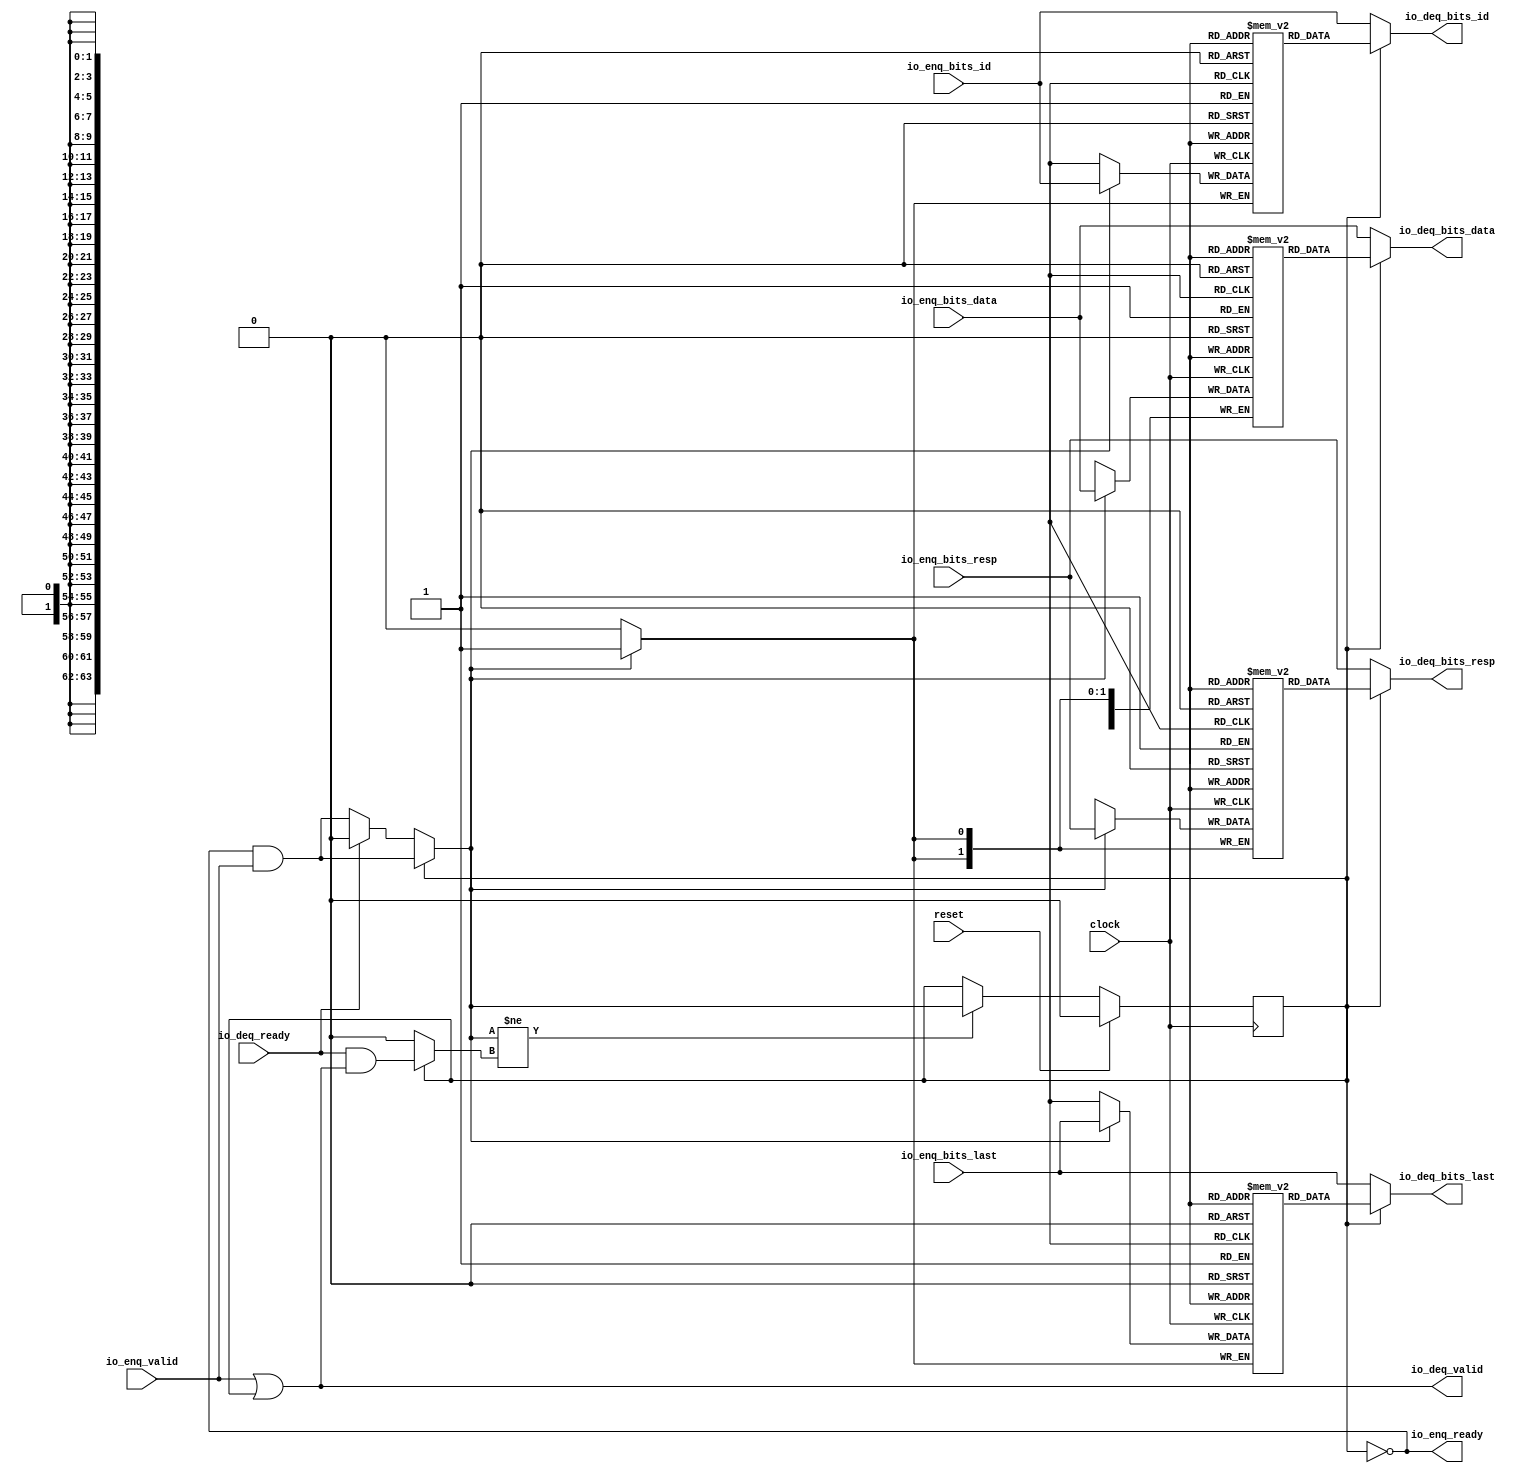
module Queue_16( // @[:freechips.rocketchip.system.DefaultRV32Config.fir@39419.2]
  input         clock, // @[:freechips.rocketchip.system.DefaultRV32Config.fir@39420.4]
  input         reset, // @[:freechips.rocketchip.system.DefaultRV32Config.fir@39421.4]
  output        io_enq_ready, // @[:freechips.rocketchip.system.DefaultRV32Config.fir@39422.4]
  input         io_enq_valid, // @[:freechips.rocketchip.system.DefaultRV32Config.fir@39422.4]
  input         io_enq_bits_id, // @[:freechips.rocketchip.system.DefaultRV32Config.fir@39422.4]
  input  [63:0] io_enq_bits_data, // @[:freechips.rocketchip.system.DefaultRV32Config.fir@39422.4]
  input  [1:0]  io_enq_bits_resp, // @[:freechips.rocketchip.system.DefaultRV32Config.fir@39422.4]
  input         io_enq_bits_last, // @[:freechips.rocketchip.system.DefaultRV32Config.fir@39422.4]
  input         io_deq_ready, // @[:freechips.rocketchip.system.DefaultRV32Config.fir@39422.4]
  output        io_deq_valid, // @[:freechips.rocketchip.system.DefaultRV32Config.fir@39422.4]
  output        io_deq_bits_id, // @[:freechips.rocketchip.system.DefaultRV32Config.fir@39422.4]
  output [63:0] io_deq_bits_data, // @[:freechips.rocketchip.system.DefaultRV32Config.fir@39422.4]
  output [1:0]  io_deq_bits_resp, // @[:freechips.rocketchip.system.DefaultRV32Config.fir@39422.4]
  output        io_deq_bits_last // @[:freechips.rocketchip.system.DefaultRV32Config.fir@39422.4]
);
`ifdef RANDOMIZE_MEM_INIT
  reg [31:0] _RAND_0;
  reg [63:0] _RAND_1;
  reg [31:0] _RAND_2;
  reg [31:0] _RAND_3;
`endif // RANDOMIZE_MEM_INIT
`ifdef RANDOMIZE_REG_INIT
  reg [31:0] _RAND_4;
`endif // RANDOMIZE_REG_INIT
  reg  ram_id [0:0]; // @[Decoupled.scala 209:16:freechips.rocketchip.system.DefaultRV32Config.fir@39424.4]
  wire  ram_id__T_7_data; // @[Decoupled.scala 209:16:freechips.rocketchip.system.DefaultRV32Config.fir@39424.4]
  wire  ram_id__T_7_addr; // @[Decoupled.scala 209:16:freechips.rocketchip.system.DefaultRV32Config.fir@39424.4]
  wire  ram_id__T_3_data; // @[Decoupled.scala 209:16:freechips.rocketchip.system.DefaultRV32Config.fir@39424.4]
  wire  ram_id__T_3_addr; // @[Decoupled.scala 209:16:freechips.rocketchip.system.DefaultRV32Config.fir@39424.4]
  wire  ram_id__T_3_mask; // @[Decoupled.scala 209:16:freechips.rocketchip.system.DefaultRV32Config.fir@39424.4]
  wire  ram_id__T_3_en; // @[Decoupled.scala 209:16:freechips.rocketchip.system.DefaultRV32Config.fir@39424.4]
  reg [63:0] ram_data [0:0]; // @[Decoupled.scala 209:16:freechips.rocketchip.system.DefaultRV32Config.fir@39424.4]
  wire [63:0] ram_data__T_7_data; // @[Decoupled.scala 209:16:freechips.rocketchip.system.DefaultRV32Config.fir@39424.4]
  wire  ram_data__T_7_addr; // @[Decoupled.scala 209:16:freechips.rocketchip.system.DefaultRV32Config.fir@39424.4]
  wire [63:0] ram_data__T_3_data; // @[Decoupled.scala 209:16:freechips.rocketchip.system.DefaultRV32Config.fir@39424.4]
  wire  ram_data__T_3_addr; // @[Decoupled.scala 209:16:freechips.rocketchip.system.DefaultRV32Config.fir@39424.4]
  wire  ram_data__T_3_mask; // @[Decoupled.scala 209:16:freechips.rocketchip.system.DefaultRV32Config.fir@39424.4]
  wire  ram_data__T_3_en; // @[Decoupled.scala 209:16:freechips.rocketchip.system.DefaultRV32Config.fir@39424.4]
  reg [1:0] ram_resp [0:0]; // @[Decoupled.scala 209:16:freechips.rocketchip.system.DefaultRV32Config.fir@39424.4]
  wire [1:0] ram_resp__T_7_data; // @[Decoupled.scala 209:16:freechips.rocketchip.system.DefaultRV32Config.fir@39424.4]
  wire  ram_resp__T_7_addr; // @[Decoupled.scala 209:16:freechips.rocketchip.system.DefaultRV32Config.fir@39424.4]
  wire [1:0] ram_resp__T_3_data; // @[Decoupled.scala 209:16:freechips.rocketchip.system.DefaultRV32Config.fir@39424.4]
  wire  ram_resp__T_3_addr; // @[Decoupled.scala 209:16:freechips.rocketchip.system.DefaultRV32Config.fir@39424.4]
  wire  ram_resp__T_3_mask; // @[Decoupled.scala 209:16:freechips.rocketchip.system.DefaultRV32Config.fir@39424.4]
  wire  ram_resp__T_3_en; // @[Decoupled.scala 209:16:freechips.rocketchip.system.DefaultRV32Config.fir@39424.4]
  reg  ram_last [0:0]; // @[Decoupled.scala 209:16:freechips.rocketchip.system.DefaultRV32Config.fir@39424.4]
  wire  ram_last__T_7_data; // @[Decoupled.scala 209:16:freechips.rocketchip.system.DefaultRV32Config.fir@39424.4]
  wire  ram_last__T_7_addr; // @[Decoupled.scala 209:16:freechips.rocketchip.system.DefaultRV32Config.fir@39424.4]
  wire  ram_last__T_3_data; // @[Decoupled.scala 209:16:freechips.rocketchip.system.DefaultRV32Config.fir@39424.4]
  wire  ram_last__T_3_addr; // @[Decoupled.scala 209:16:freechips.rocketchip.system.DefaultRV32Config.fir@39424.4]
  wire  ram_last__T_3_mask; // @[Decoupled.scala 209:16:freechips.rocketchip.system.DefaultRV32Config.fir@39424.4]
  wire  ram_last__T_3_en; // @[Decoupled.scala 209:16:freechips.rocketchip.system.DefaultRV32Config.fir@39424.4]
  reg  maybe_full; // @[Decoupled.scala 212:27:freechips.rocketchip.system.DefaultRV32Config.fir@39425.4]
  wire  empty; // @[Decoupled.scala 215:28:freechips.rocketchip.system.DefaultRV32Config.fir@39427.4]
  wire  _T_1; // @[Decoupled.scala 40:37:freechips.rocketchip.system.DefaultRV32Config.fir@39430.4]
  wire  _T_2; // @[Decoupled.scala 40:37:freechips.rocketchip.system.DefaultRV32Config.fir@39433.4]
  wire  _GEN_10; // @[Decoupled.scala 240:27:freechips.rocketchip.system.DefaultRV32Config.fir@39467.6]
  wire  do_enq; // @[Decoupled.scala 237:18:freechips.rocketchip.system.DefaultRV32Config.fir@39461.4]
  wire  do_deq; // @[Decoupled.scala 237:18:freechips.rocketchip.system.DefaultRV32Config.fir@39461.4]
  wire  _T_4; // @[Decoupled.scala 227:16:freechips.rocketchip.system.DefaultRV32Config.fir@39445.4]
  wire  _T_5; // @[Decoupled.scala 231:19:freechips.rocketchip.system.DefaultRV32Config.fir@39449.4]
  assign ram_id__T_7_addr = 1'h0;
  assign ram_id__T_7_data = ram_id[ram_id__T_7_addr]; // @[Decoupled.scala 209:16:freechips.rocketchip.system.DefaultRV32Config.fir@39424.4]
  assign ram_id__T_3_data = io_enq_bits_id;
  assign ram_id__T_3_addr = 1'h0;
  assign ram_id__T_3_mask = 1'h1;
  assign ram_id__T_3_en = empty ? _GEN_10 : _T_1;
  assign ram_data__T_7_addr = 1'h0;
  assign ram_data__T_7_data = ram_data[ram_data__T_7_addr]; // @[Decoupled.scala 209:16:freechips.rocketchip.system.DefaultRV32Config.fir@39424.4]
  assign ram_data__T_3_data = io_enq_bits_data;
  assign ram_data__T_3_addr = 1'h0;
  assign ram_data__T_3_mask = 1'h1;
  assign ram_data__T_3_en = empty ? _GEN_10 : _T_1;
  assign ram_resp__T_7_addr = 1'h0;
  assign ram_resp__T_7_data = ram_resp[ram_resp__T_7_addr]; // @[Decoupled.scala 209:16:freechips.rocketchip.system.DefaultRV32Config.fir@39424.4]
  assign ram_resp__T_3_data = io_enq_bits_resp;
  assign ram_resp__T_3_addr = 1'h0;
  assign ram_resp__T_3_mask = 1'h1;
  assign ram_resp__T_3_en = empty ? _GEN_10 : _T_1;
  assign ram_last__T_7_addr = 1'h0;
  assign ram_last__T_7_data = ram_last[ram_last__T_7_addr]; // @[Decoupled.scala 209:16:freechips.rocketchip.system.DefaultRV32Config.fir@39424.4]
  assign ram_last__T_3_data = io_enq_bits_last;
  assign ram_last__T_3_addr = 1'h0;
  assign ram_last__T_3_mask = 1'h1;
  assign ram_last__T_3_en = empty ? _GEN_10 : _T_1;
  assign empty = ~maybe_full; // @[Decoupled.scala 215:28:freechips.rocketchip.system.DefaultRV32Config.fir@39427.4]
  assign _T_1 = io_enq_ready & io_enq_valid; // @[Decoupled.scala 40:37:freechips.rocketchip.system.DefaultRV32Config.fir@39430.4]
  assign _T_2 = io_deq_ready & io_deq_valid; // @[Decoupled.scala 40:37:freechips.rocketchip.system.DefaultRV32Config.fir@39433.4]
  assign _GEN_10 = io_deq_ready ? 1'h0 : _T_1; // @[Decoupled.scala 240:27:freechips.rocketchip.system.DefaultRV32Config.fir@39467.6]
  assign do_enq = empty ? _GEN_10 : _T_1; // @[Decoupled.scala 237:18:freechips.rocketchip.system.DefaultRV32Config.fir@39461.4]
  assign do_deq = empty ? 1'h0 : _T_2; // @[Decoupled.scala 237:18:freechips.rocketchip.system.DefaultRV32Config.fir@39461.4]
  assign _T_4 = do_enq != do_deq; // @[Decoupled.scala 227:16:freechips.rocketchip.system.DefaultRV32Config.fir@39445.4]
  assign _T_5 = ~empty; // @[Decoupled.scala 231:19:freechips.rocketchip.system.DefaultRV32Config.fir@39449.4]
  assign io_enq_ready = ~maybe_full; // @[Decoupled.scala 232:16:freechips.rocketchip.system.DefaultRV32Config.fir@39452.4]
  assign io_deq_valid = io_enq_valid | _T_5; // @[Decoupled.scala 231:16:freechips.rocketchip.system.DefaultRV32Config.fir@39450.4 Decoupled.scala 236:40:freechips.rocketchip.system.DefaultRV32Config.fir@39459.6]
  assign io_deq_bits_id = empty ? io_enq_bits_id : ram_id__T_7_data; // @[Decoupled.scala 233:15:freechips.rocketchip.system.DefaultRV32Config.fir@39457.4 Decoupled.scala 238:19:freechips.rocketchip.system.DefaultRV32Config.fir@39465.6]
  assign io_deq_bits_data = empty ? io_enq_bits_data : ram_data__T_7_data; // @[Decoupled.scala 233:15:freechips.rocketchip.system.DefaultRV32Config.fir@39456.4 Decoupled.scala 238:19:freechips.rocketchip.system.DefaultRV32Config.fir@39464.6]
  assign io_deq_bits_resp = empty ? io_enq_bits_resp : ram_resp__T_7_data; // @[Decoupled.scala 233:15:freechips.rocketchip.system.DefaultRV32Config.fir@39455.4 Decoupled.scala 238:19:freechips.rocketchip.system.DefaultRV32Config.fir@39463.6]
  assign io_deq_bits_last = empty ? io_enq_bits_last : ram_last__T_7_data; // @[Decoupled.scala 233:15:freechips.rocketchip.system.DefaultRV32Config.fir@39454.4 Decoupled.scala 238:19:freechips.rocketchip.system.DefaultRV32Config.fir@39462.6]
`ifdef RANDOMIZE_GARBAGE_ASSIGN
`define RANDOMIZE
`endif
`ifdef RANDOMIZE_INVALID_ASSIGN
`define RANDOMIZE
`endif
`ifdef RANDOMIZE_REG_INIT
`define RANDOMIZE
`endif
`ifdef RANDOMIZE_MEM_INIT
`define RANDOMIZE
`endif
`ifndef RANDOM
`define RANDOM $random
`endif
`ifdef RANDOMIZE_MEM_INIT
  integer initvar;
`endif
`ifndef SYNTHESIS
`ifdef FIRRTL_BEFORE_INITIAL
`FIRRTL_BEFORE_INITIAL
`endif
initial begin
  `ifdef RANDOMIZE
    `ifdef INIT_RANDOM
      `INIT_RANDOM
    `endif
    `ifndef VERILATOR
      `ifdef RANDOMIZE_DELAY
        #`RANDOMIZE_DELAY begin end
      `else
        #0.002 begin end
      `endif
    `endif
`ifdef RANDOMIZE_MEM_INIT
  _RAND_0 = {1{`RANDOM}};
  for (initvar = 0; initvar < 1; initvar = initvar+1)
    ram_id[initvar] = _RAND_0[0:0];
  _RAND_1 = {2{`RANDOM}};
  for (initvar = 0; initvar < 1; initvar = initvar+1)
    ram_data[initvar] = _RAND_1[63:0];
  _RAND_2 = {1{`RANDOM}};
  for (initvar = 0; initvar < 1; initvar = initvar+1)
    ram_resp[initvar] = _RAND_2[1:0];
  _RAND_3 = {1{`RANDOM}};
  for (initvar = 0; initvar < 1; initvar = initvar+1)
    ram_last[initvar] = _RAND_3[0:0];
`endif // RANDOMIZE_MEM_INIT
`ifdef RANDOMIZE_REG_INIT
  _RAND_4 = {1{`RANDOM}};
  maybe_full = _RAND_4[0:0];
`endif // RANDOMIZE_REG_INIT
  `endif // RANDOMIZE
end // initial
`ifdef FIRRTL_AFTER_INITIAL
`FIRRTL_AFTER_INITIAL
`endif
`endif // SYNTHESIS
  always @(posedge clock) begin
    if(ram_id__T_3_en & ram_id__T_3_mask) begin
      ram_id[ram_id__T_3_addr] <= ram_id__T_3_data; // @[Decoupled.scala 209:16:freechips.rocketchip.system.DefaultRV32Config.fir@39424.4]
    end
    if(ram_data__T_3_en & ram_data__T_3_mask) begin
      ram_data[ram_data__T_3_addr] <= ram_data__T_3_data; // @[Decoupled.scala 209:16:freechips.rocketchip.system.DefaultRV32Config.fir@39424.4]
    end
    if(ram_resp__T_3_en & ram_resp__T_3_mask) begin
      ram_resp[ram_resp__T_3_addr] <= ram_resp__T_3_data; // @[Decoupled.scala 209:16:freechips.rocketchip.system.DefaultRV32Config.fir@39424.4]
    end
    if(ram_last__T_3_en & ram_last__T_3_mask) begin
      ram_last[ram_last__T_3_addr] <= ram_last__T_3_data; // @[Decoupled.scala 209:16:freechips.rocketchip.system.DefaultRV32Config.fir@39424.4]
    end
    if (reset) begin
      maybe_full <= 1'h0;
    end else if (_T_4) begin
      if (empty) begin
        if (io_deq_ready) begin
          maybe_full <= 1'h0;
        end else begin
          maybe_full <= _T_1;
        end
      end else begin
        maybe_full <= _T_1;
      end
    end
  end
endmodule